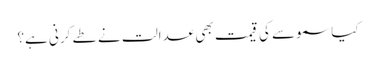
کیا سموسے کی قیمت بھی عدالت نے طے کرنی ہے؟